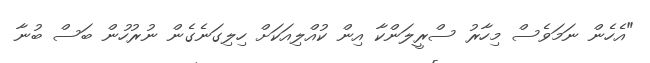
"އެހެން ނަމަވެސް މިހާރު ސްރީލަންކާ އިން ކުއްލިއަކަށް ހިލިގަނެގެން ނުރުހުން ބަސް ބުނާ